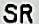
SR